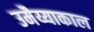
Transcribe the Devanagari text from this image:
उमैय्याकाल